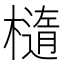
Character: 𬄭